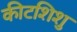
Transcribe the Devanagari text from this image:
कीटशिशु